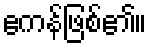
ဧကန်ဖြစ်၏။